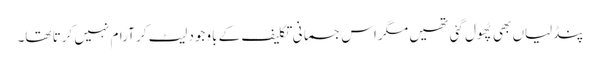
پنڈلیاں بھی پُھول گئی تھیں مگر اس جسمانی تکلیف کے باوجود لیٹ کر آرام نہیں کرتا تھا۔